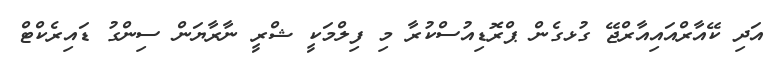
އަދި ކޭއާރްއައިއާރްޖޭ ގުޅގެން ޕްރޮޑިއުސްކުރާ މި ފިލްމަކީ ޝްރީ ނާރާޔަން ސިންގު ޑައިރެކްޓް